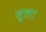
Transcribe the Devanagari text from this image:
सुता।